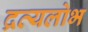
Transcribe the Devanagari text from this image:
द्रव्यलोभ